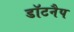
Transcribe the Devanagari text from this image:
डॉटनैप